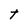
Character: t